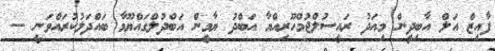
ފާއިޒް އަލް އާބިދީން މިއަދު ރައީސުލްޖުމްހޫރިއްޔާ އަބްދު ޔާމީން އަބްދުލްގައްޔޫމާ ބައްދަލުކުރައްވަނީ --